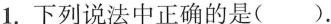
1.下列说法中正确的是().